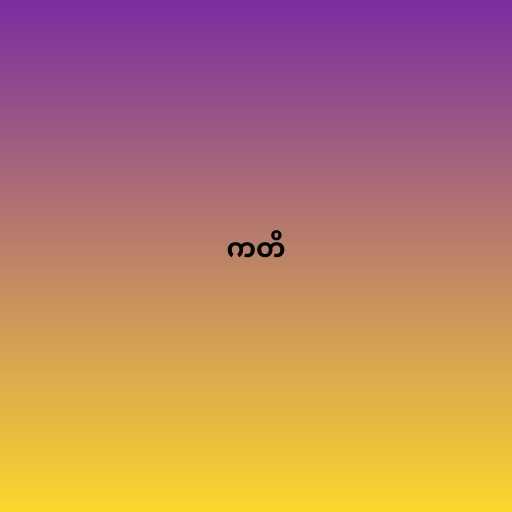
ကတိ